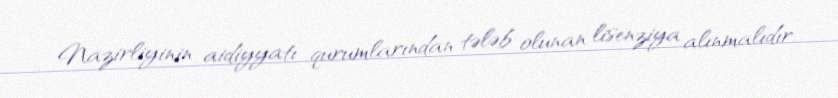
Nazirliyinin aidiyyatı qurumlarından tələb olunan lisenziya alınmalıdır.